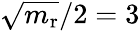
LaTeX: \sqrt{m_{\mathrm{r}}}/2=3